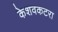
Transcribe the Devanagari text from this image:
केशवकटरा